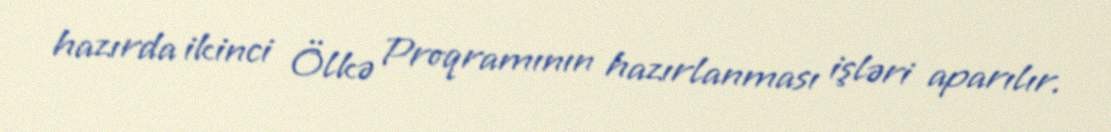
hazırda ikinci Ölkə Proqramının hazırlanması işləri aparılır.